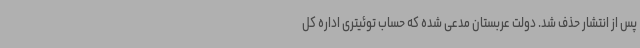
پس از انتشار حذف شد. دولت عربستان مدعی شده که حساب توئیتری اداره کل